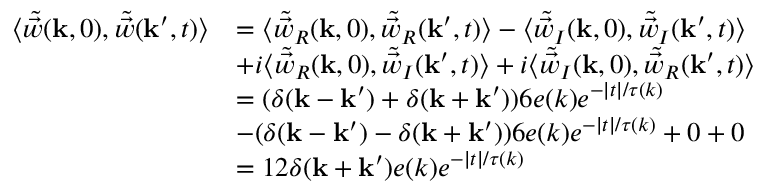
\begin{array} { r l } { \langle \tilde { \vec { w } } ( \mathbf { k } , 0 ) , \tilde { \vec { w } } ( \mathbf { k } ^ { \prime } , t ) \rangle } & { = \langle \tilde { \vec { w } } _ { R } ( \mathbf { k } , 0 ) , \tilde { \vec { w } } _ { R } ( \mathbf { k } ^ { \prime } , t ) \rangle - \langle \tilde { \vec { w } } _ { I } ( \mathbf { k } , 0 ) , \tilde { \vec { w } } _ { I } ( \mathbf { k } ^ { \prime } , t ) \rangle } \\ & { + i \langle \tilde { \vec { w } } _ { R } ( \mathbf { k } , 0 ) , \tilde { \vec { w } } _ { I } ( \mathbf { k } ^ { \prime } , t ) \rangle + i \langle \tilde { \vec { w } } _ { I } ( \mathbf { k } , 0 ) , \tilde { \vec { w } } _ { R } ( \mathbf { k } ^ { \prime } , t ) \rangle } \\ & { = ( \delta ( \mathbf { k } - \mathbf { k } ^ { \prime } ) + \delta ( \mathbf { k } + \mathbf { k } ^ { \prime } ) ) 6 e ( k ) e ^ { - | t | / \tau ( k ) } } \\ & { - ( \delta ( \mathbf { k } - \mathbf { k } ^ { \prime } ) - \delta ( \mathbf { k } + \mathbf { k } ^ { \prime } ) ) 6 e ( k ) e ^ { - | t | / \tau ( k ) } + 0 + 0 } \\ & { = 1 2 \delta ( \mathbf { k } + \mathbf { k } ^ { \prime } ) e ( k ) e ^ { - | t | / \tau ( k ) } } \end{array}